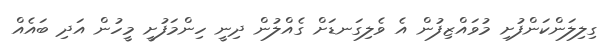
ގިލިލަންކަންފުށި މުވައްޒިފުން އެ ވެލިގަނޑަށް ގެއްލުން ދިނީ ހިންމަފުށީ މީހުން އަދި ބައެއް